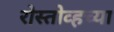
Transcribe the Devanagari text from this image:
रोस्तोव्हच्या